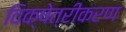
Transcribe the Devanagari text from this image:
विक्षेत्रीकरण